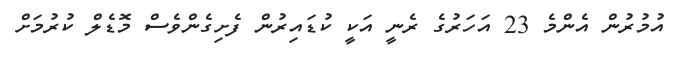
އުމުރުން އެންމެ 23 އަހަރުގެ ރެނީ އަކީ ކުޑައިރުން ފެށިގެންވެސް މޮޑެލް ކުރުމަށް